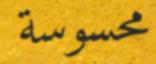
محسوسة